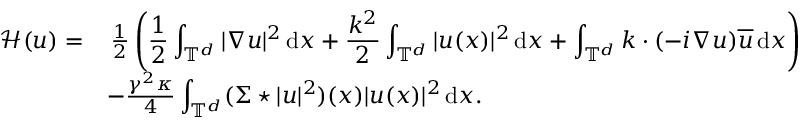
\begin{array} { r l } { \mathscr H ( u ) = } & { \, \frac 1 2 \left( \displaystyle \frac 1 2 \displaystyle \int _ { \mathbb T ^ { d } } | \nabla u | ^ { 2 } \, { \mathrm { d } } x + \frac { k ^ { 2 } } { 2 } \int _ { \mathbb T ^ { d } } | u ( x ) | ^ { 2 } \, { \mathrm { d } } x + \int _ { \mathbb { T } ^ { d } } k \cdot ( - i \nabla u ) \overline { { u } } \, { \mathrm { d } } x \right) } \\ & { - \frac { \gamma ^ { 2 } \kappa } { 4 } \displaystyle \int _ { \mathbb T ^ { d } } ( \Sigma \star | u | ^ { 2 } ) ( x ) | u ( x ) | ^ { 2 } \, { \mathrm { d } } x . } \end{array}